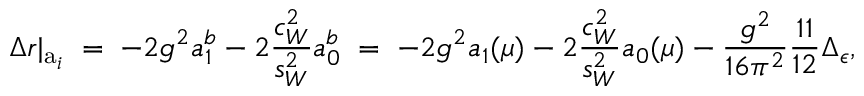
\Delta r | _ { \mathrm { a } _ { i } } \; = \; - 2 g ^ { 2 } a _ { 1 } ^ { b } - 2 \frac { c _ { W } ^ { 2 } } { s _ { W } ^ { 2 } } a _ { 0 } ^ { b } \; = \; - 2 g ^ { 2 } a _ { 1 } ( \mu ) - 2 \frac { c _ { W } ^ { 2 } } { s _ { W } ^ { 2 } } a _ { 0 } ( \mu ) - \frac { g ^ { 2 } } { 1 6 \pi ^ { 2 } } \frac { 1 1 } { 1 2 } \Delta _ { \epsilon } ,